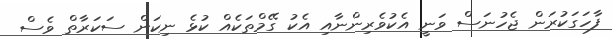
ފާހަގަކުރަން ޖެހުނަސް ވަނީ އެކުވެރިންނާއި އެކު ގޭމްތަކެއް ކުޅެ ނިކަން ސަކަރާތް ވެސް